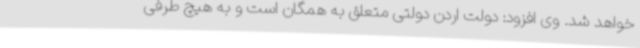
خواهد شد. وی افزود: دولت اردن دولتی متعلق به همگان است و به هیچ طرفی